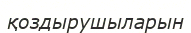
қоздырушыларын